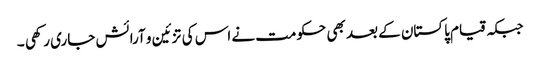
جبکہ قیام پاکستان کے بعد بھی حکومت نے اس کی تزئین و آرائش جاری رکھی ۔